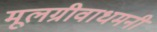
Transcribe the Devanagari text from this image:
मूलग्रीवाधमनी